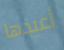
أعيدها